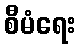
စီမံရေး